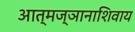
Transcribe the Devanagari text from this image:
आत्मज्ञानाशिवाय